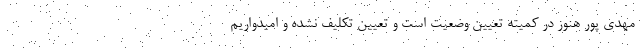
مهدی پور هنوز در کمیته تعیین وضعیت است و تعیین تکلیف نشده و امیدواریم